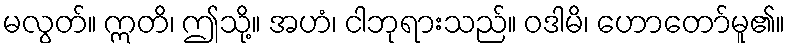
မလွတ်။ ဣတိ၊ ဤသို့။ အဟံ၊ ငါဘုရားသည်။ ဝဒါမိ၊ ဟောတော်မူ၏။